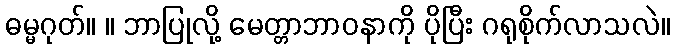
ဓမ္မဂုတ်။ ။ ဘာပြုလို့ မေတ္တာဘာဝနာကို ပိုပြီး ဂရုစိုက်လာသလဲ။